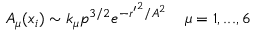
A _ { \mu } ( x _ { i } ) \sim k _ { \mu } p ^ { 3 / 2 } e ^ { - { r ^ { \prime } } ^ { 2 } / A ^ { 2 } } \; \; \; \; \mu = 1 , . . . , 6